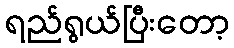
ရည်ရွယ်ပြီးတော့